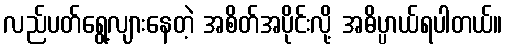
လည်ပတ်ရွေ့လျားနေတဲ့ အစိတ်အပိုင်းလို့ အဓိပ္ပာယ်ရပါတယ်။